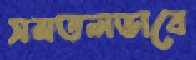
সমতলভাবে